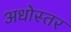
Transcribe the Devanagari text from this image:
अधोस्तर